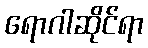
ရောဂါဆိုင်ရာ